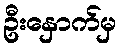
ဦးနှောက်မှ